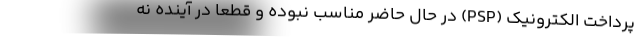
پرداخت الکترونیک (PSP) در حال حاضر مناسب نبوده و قطعا در آینده نه